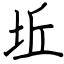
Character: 坵